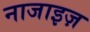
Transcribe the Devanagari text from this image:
नाजाइज़